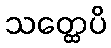
သတ္ထေပိ